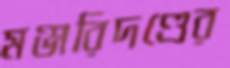
মঞ্জরিদণ্ডের